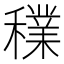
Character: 𥣈